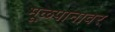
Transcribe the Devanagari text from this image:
मूळपानावर